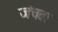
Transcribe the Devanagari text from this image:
जंचता